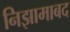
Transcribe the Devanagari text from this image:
निझामाबद